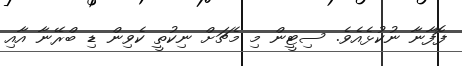
ފޮފާނާ ނުކުޅެއެވެ. ސިޓީން މި މެޗަށް ނިކުތީ ކެވިން ޑި ބްރޭނާ އާއި